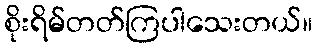
စိုးရိမ်တတ်ကြပါသေးတယ်။